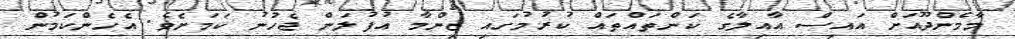
މާމެންދޫއަށް އައިސް އާއިލާގެ ކަންތައްތައް ކުރުމުގައި ޒިންމާ އުފުލަން ޖެހުނު ކަމަށެވެ. އެހެންކަމުން